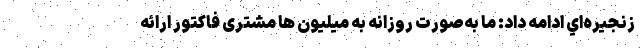
زنجيره‌اي ادامه داد: ما به‌صورت روزانه به میلیون ها مشتری فاكتور ارائه